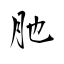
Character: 肔